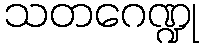
သတဂေဏ္ဍု